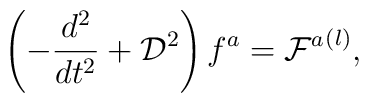
\left(-\frac {d^2}{d t ^2}   + {\cal D}^2 \right)f^a   = {{\cal F}^a}^{(l)},